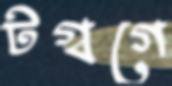
টগ্‌বগে